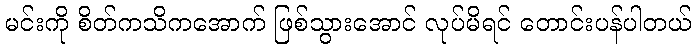
မင်းကို စိတ်ကသိကအောက် ဖြစ်သွားအောင် လုပ်မိရင် တောင်းပန်ပါတယ်